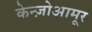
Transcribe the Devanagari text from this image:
केन्ज़ोआमूर